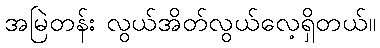
အမြဲတန်း လွယ်အိတ်လွယ်လေ့ရှိတယ်။